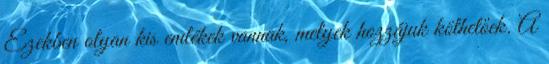
Ezekben olyan kis emlékek vannak, melyek hozzájuk köthetőek. A